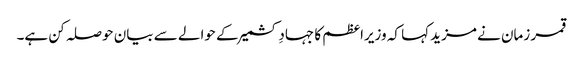
قمر زمان نے مزید کہا کہ وزیراعظم کا جہادِ کشمیر کے حوالے سے بیان حوصلہ کن ہے۔